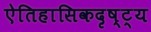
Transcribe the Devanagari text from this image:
ऐतिहासिकदृष्ट्य